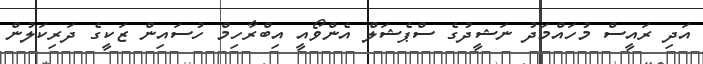
އަދި ރައީސް މުހައްމަދު ނަޝީދުގެ ސްޕެޝަލް އެންވޯއީ އިބްރާހިމް ހުސައިން ޒަކީގެ ދަރިކަލުން